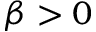
\beta > 0